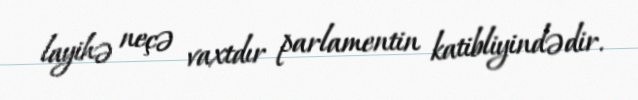
layihə neçə vaxtdır parlamentin katibliyindədir.